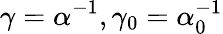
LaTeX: \gamma=\alpha^{-1},\gamma_{0}=\alpha_{0}^{-1}